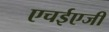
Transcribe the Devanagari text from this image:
एचईएजी